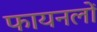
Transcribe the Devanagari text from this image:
फायनलों